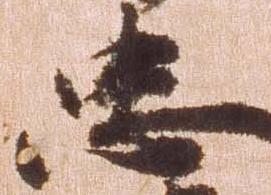
忠